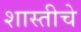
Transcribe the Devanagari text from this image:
शास्तीचे